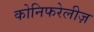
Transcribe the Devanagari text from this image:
कोनिफरेलीज़